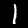
Digit: 1